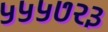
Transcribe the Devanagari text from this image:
५५५७२३